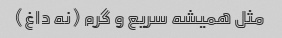
مثل همیشه سریع و گرم (نه داغ)